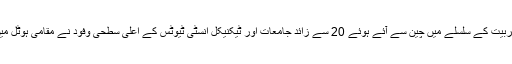
سی پیک کے منصوبوں میں افرادی قوت کی تربیت کے سلسلے میں چین سے آئے ہوئے 20 سے زائد جامعات اور ٹیکنیکل انسٹی ٹیوٹس کے اعلی سطحی وفود نے مقامی ہوٹل میں دو روزہ سیمینار اور نمائش میں شرکت کی۔